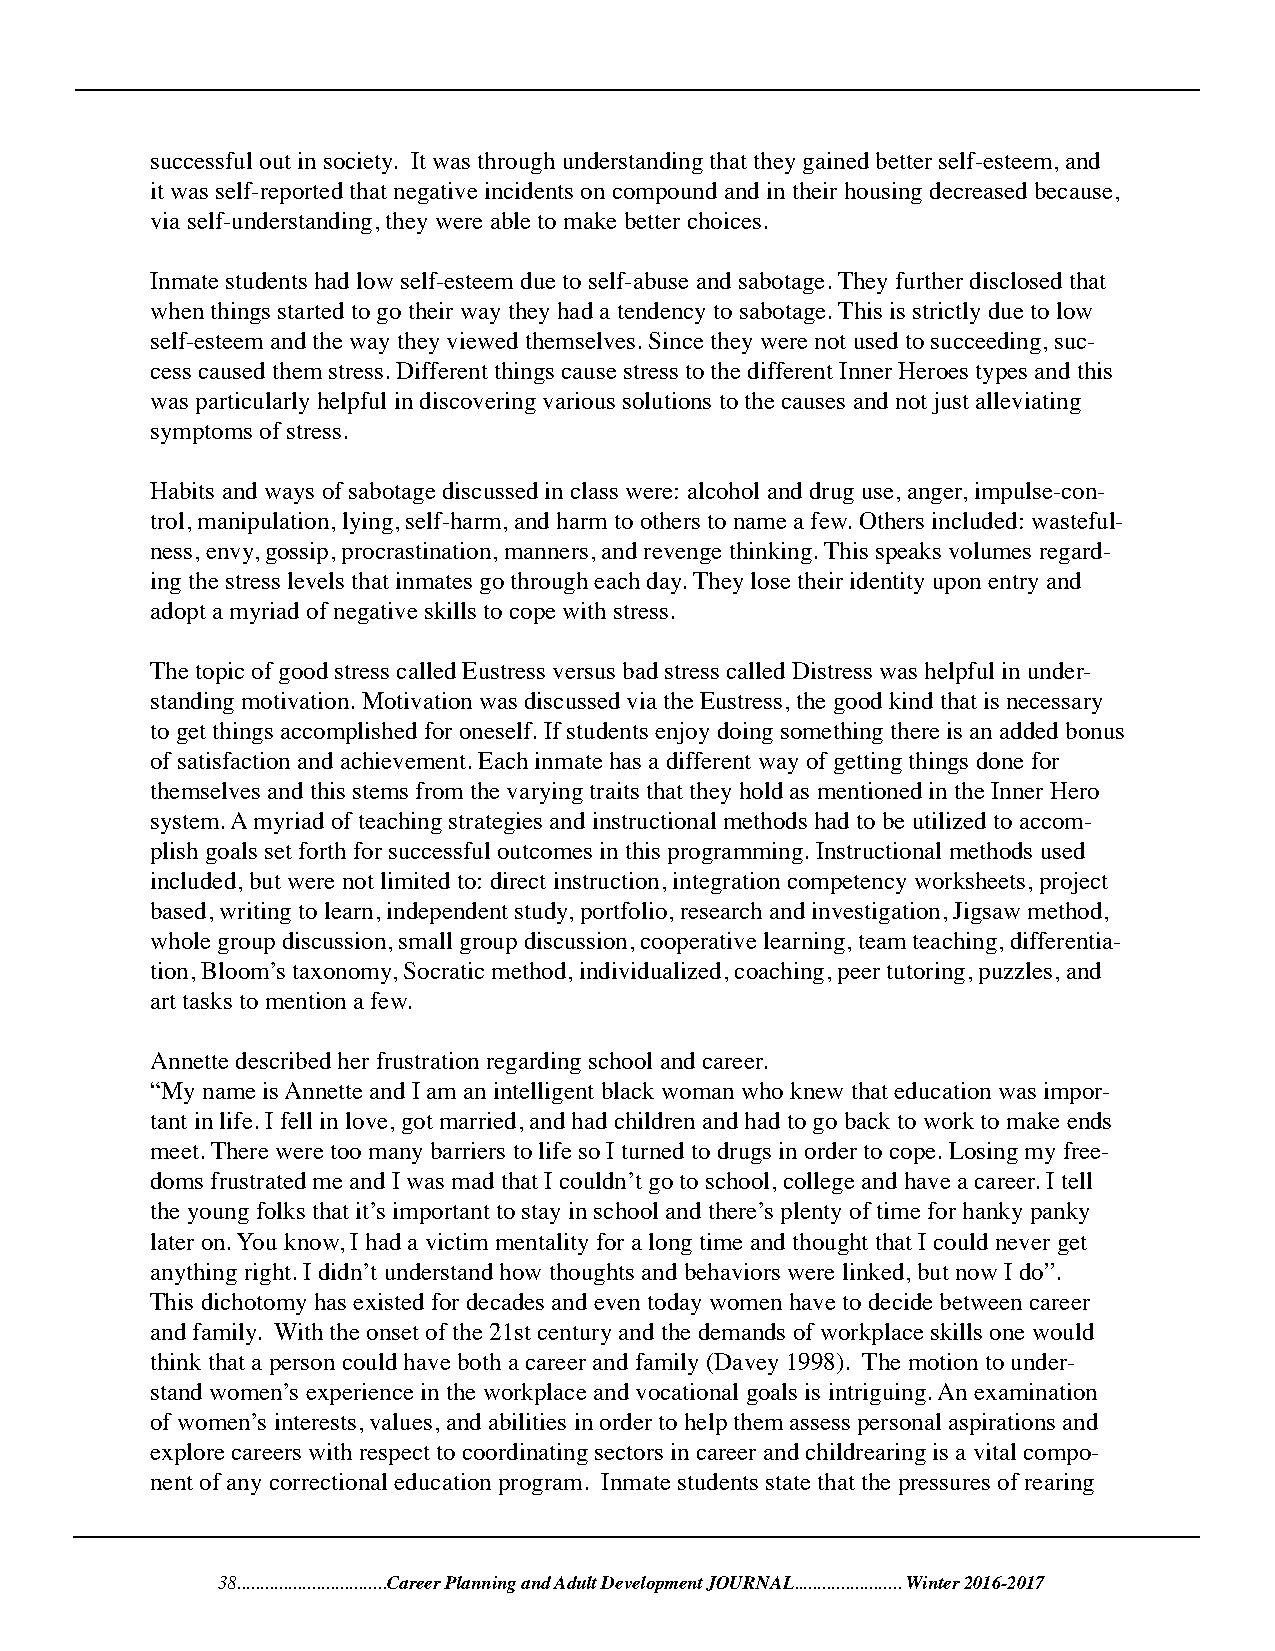
successful out in society. It was through understanding that they gained better self-esteem, and
 it was self-reported that negative incidents on compound and in their housing decreased because,
 via self-understanding, they were able to make better choices.
 Inmate students had low self-esteem due to self-abuse and sabotage. They further disclosed that
 when things started to go their way they had a tendency to sabotage. This is strictly due to low
 self-esteem and the way they viewed themselves. Since they were not used to succeeding, suc-
 cess caused them stress. Different things cause stress to the different Inner Heroes types and this
 was particularly helpful in discovering various solutions to the causes and not just alleviating
 symptoms of stress.
 Habits and ways of sabotage discussed in class were: alcohol and drug use, anger, impulse-con-
 trol, manipulation, lying, self-harm, and harm to others to name a few. Others included: wasteful-
 ness, envy, gossip, procrastination, manners, and revenge thinking. This speaks volumes regard-
 ing the stress levels that inmates go through each day. They lose their identity upon entry and
 adopt a myriad of negative skills to cope with stress.
 The topic of good stress called Eustress versus bad stress called Distress was helpful in under-
 standing motivation. Motivation was discussed via the Eustress, the good kind that is necessary
 to get things accomplished for oneself. If students enjoy doing something there is an added bonus
 of satisfaction and achievement. Each inmate has a different way of getting things done for
 themselves and this stems from the varying traits that they hold as mentioned in the Inner Hero
 system. A myriad of teaching strategies and instructional methods had to be utilized to accom-
 plish goals set forth for successful outcomes in this programming. Instructional methods used
 included, but were not limited to: direct instruction, integration competency worksheets, project
 based, writing to learn, independent study, portfolio, research and investigation, Jigsaw method,
 whole group discussion, small group discussion, cooperative learning, team teaching, differentia-
 tion, Bloom’s taxonomy, Socratic method, individualized, coaching, peer tutoring, puzzles, and
 art tasks to mention a few.
 Annette described her frustration regarding school and career.
 “My name is Annette and I am an intelligent black woman who knew that education was impor-
 tant in life. I fell in love, got married, and had children and had to go back to work to make ends
 meet. There were too many barriers to life so I turned to drugs in order to cope. Losing my free-
 doms frustrated me and I was mad that I couldn’t go to school, college and have a career. I tell
 the young folks that it’s important to stay in school and there’s plenty of time for hanky panky
 later on. You know, I had a victim mentality for a long time and thought that I could never get
 anything right. I didn’t understand how thoughts and behaviors were linked, but now I do”.
 This dichotomy has existed for decades and even today women have to decide between career
 and family. With the onset of the 21st century and the demands of workplace skills one would
 think that a person could have both a career and family (Davey 1998). The motion to under-
 stand women’s experience in the workplace and vocational goals is intriguing. An examination
 of women’s interests, values, and abilities in order to help them assess personal aspirations and
 explore careers with respect to coordinating sectors in career and childrearing is a vital compo-
 nent of any correctional education program. Inmate students state that the pressures of rearing
 38................................Career Planning and Adult Development JOURNAL....................... Winter 2016-2017